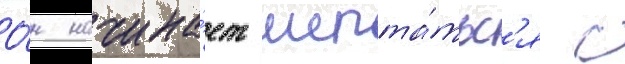
О́н начина́ет шепта́тьс'я с